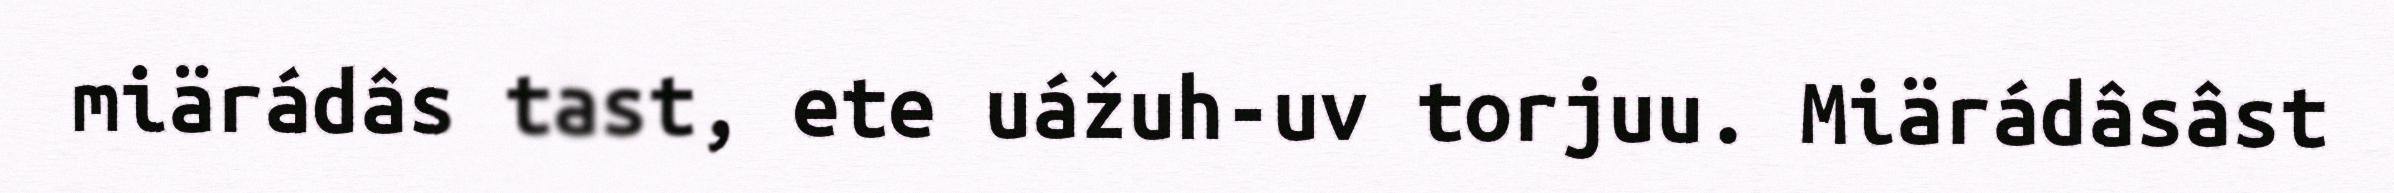
miärádâs tast, ete uážuh-uv torjuu. Miärádâsâst